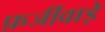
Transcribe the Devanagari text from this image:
फ़र्जीवाड़े